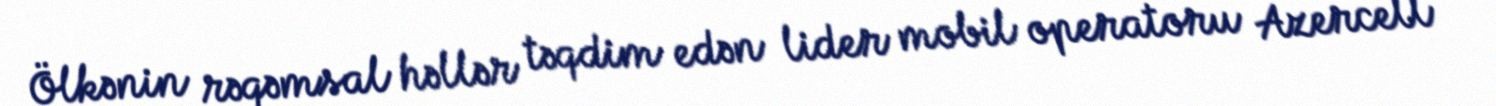
Ölkənin rəqəmsal həllər təqdim edən lider mobil operatoru Azercell